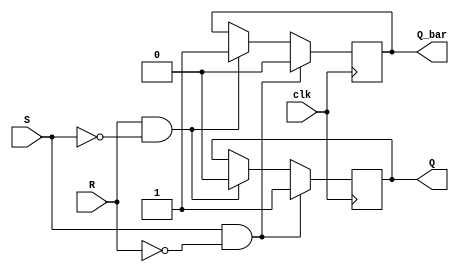
module Basic_SR_FF (
    input wire clk,
    input wire S,
    input wire R,
    output reg Q,
    output reg Q_bar
);

reg Q_next, Q_bar_next;

always @(posedge clk) begin
    if (S & ~R) begin
        Q_next <= 1;
        Q_bar_next <= 0;
    end
    else if (R & ~S) begin
        Q_next <= 0;
        Q_bar_next <= 1;
    end
    else begin
        Q_next <= Q;
        Q_bar_next <= Q_bar;
    end
end

assign Q = Q_next;
assign Q_bar = Q_bar_next;

endmodule